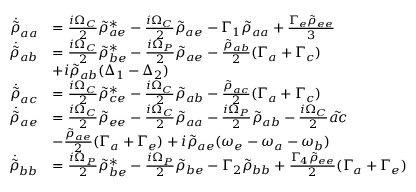
\begin{array} { r l } { \Dot { \Tilde { \rho } } _ { a a } } & { = \frac { i \Omega _ { C } } { 2 } \Tilde { \rho } _ { a e } ^ { * } - \frac { i \Omega _ { C } } { 2 } \Tilde { \rho } _ { a e } - \Gamma _ { 1 } \Tilde { \rho } _ { a a } + \frac { \Gamma _ { e } \Tilde { \rho } _ { e e } } { 3 } } \\ { \Dot { \Tilde { \rho } } _ { a b } } & { = \frac { i \Omega _ { C } } { 2 } \Tilde { \rho } _ { b e } ^ { * } - \frac { i \Omega _ { P } } { 2 } \Tilde { \rho } _ { a e } - \frac { \Tilde { \rho } _ { a b } } { 2 } ( \Gamma _ { a } + \Gamma _ { c } ) } \\ & { + i \Tilde { \rho } _ { a b } ( \Delta _ { 1 } - \Delta _ { 2 } ) } \\ { \dot { \Tilde { \rho } } _ { a c } } & { = \frac { i \Omega _ { C } } { 2 } \Tilde { \rho } _ { c e } ^ { * } - \frac { i \Omega _ { C } } { 2 } \Tilde { \rho } _ { a b } - \frac { \Tilde { \rho } _ { a c } } { 2 } ( \Gamma _ { a } + \Gamma _ { c } ) } \\ { \Dot { \Tilde { \rho } } _ { a e } } & { = \frac { i \Omega _ { C } } { 2 } \Tilde { \rho } _ { e e } - \frac { i \Omega _ { C } } { 2 } \Tilde { \rho } _ { a a } - \frac { i \Omega _ { P } } { 2 } \Tilde { \rho } _ { a b } - \frac { i \Omega _ { C } } { 2 } \Tilde { a c } } \\ & { - \frac { \Tilde { \rho } _ { a e } } { 2 } ( \Gamma _ { a } + \Gamma _ { e } ) + i \Tilde { \rho } _ { a e } ( \omega _ { e } - \omega _ { a } - \omega _ { b } ) } \\ { \dot { \Tilde { \rho } } _ { b b } } & { = \frac { i \Omega _ { P } } { 2 } \Tilde { \rho } _ { b e } ^ { * } - \frac { i \Omega _ { P } } { 2 } \Tilde { \rho } _ { b e } - \Gamma _ { 2 } \Tilde { \rho } _ { b b } + \frac { \Gamma _ { 4 } \Tilde { \rho } _ { e e } } { 2 } ( \Gamma _ { a } + \Gamma _ { e } ) } \end{array}